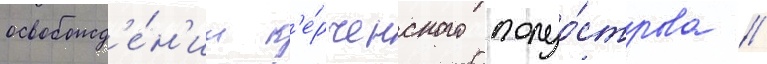
освобожд'е́н'ии к'е́рченского полуо́строва //